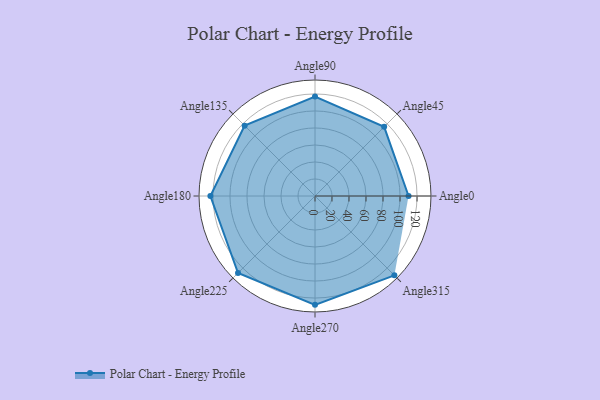
{"axis": {"x": "Angle", "y": "Radius"}, "legend": [""], "data": [{"x": "Angle0", "y": 110.0, "type": ""}, {"x": "Angle45", "y": 115.0, "type": ""}, {"x": "Angle90", "y": 117.0, "type": ""}, {"x": "Angle135", "y": 117.0, "type": ""}, {"x": "Angle180", "y": 123.0, "type": ""}, {"x": "Angle225", "y": 128.0, "type": ""}, {"x": "Angle270", "y": 128.0, "type": ""}, {"x": "Angle315", "y": 132.0, "type": ""}]}